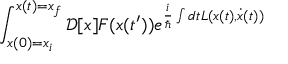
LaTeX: \int _ { x ( 0 ) = x _ { i } } ^ { x ( t ) = x _ { f } } { \mathcal { D } } [ x ] F ( x ( t ^ { \prime } ) ) e ^ { { \frac { i } { \hbar } } \int d t L ( x ( t ) , { \dot { x } } ( t ) ) }